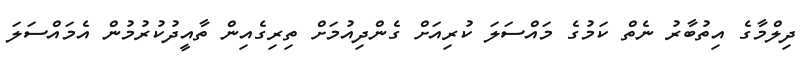
ދިލްމާގެ އިތުބާރު ނެތް ކަމުގެ މައްސަލަ ކުރިއަށް ގެންދިއުމަށް ތިރިގެއިން ތާއީދުކުރުމުން އެމައްސަލަ